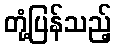
တုံ့ပြန်သည့်